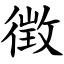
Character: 徴